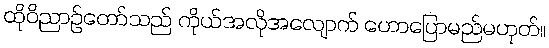
ထိုဝိညာဉ်တော်သည် ကိုယ်အလိုအလျောက် ဟောပြောမည်မဟုတ်။